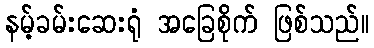
နမ့်ခမ်းဆေးရုံ အခြေစိုက် ဖြစ်သည်။